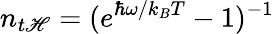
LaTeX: n_{t\mathscr{H}}=(e^{\hbar\omega/k_{B}T}-1)^{-1}